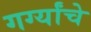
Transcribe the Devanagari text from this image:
गर्ग्यांचे